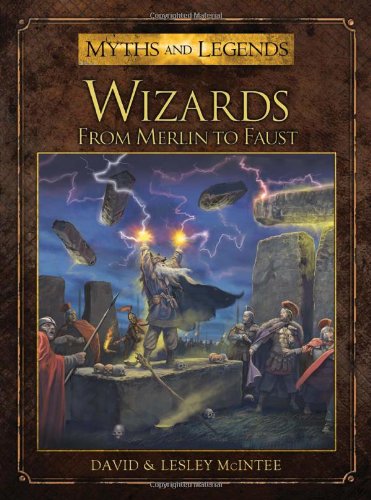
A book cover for Wizards: From Merlin to Faust (Myths and Legends); David McIntee; Science Fiction & Fantasy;